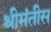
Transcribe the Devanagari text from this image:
श्रीमंतीस